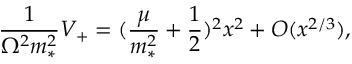
\frac { 1 } { \Omega ^ { 2 } m _ { * } ^ { 2 } } V _ { + } = ( \frac { \mu } { m _ { * } ^ { 2 } } + \frac { 1 } { 2 } ) ^ { 2 } x ^ { 2 } + { \cal O } ( x ^ { 2 / 3 } ) ,